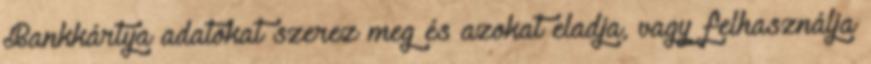
Bankkártya adatokat szerez meg és azokat eladja, vagy felhasználja